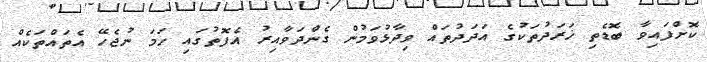
ކޮށްފައިވާ ބޮޑެތި ޚަރަދުތަކުގެ އަދަދުތައް ވިދާޅުވަމުން ގެންދަވާއިރު އެފޮތުގައި ހަމަ ނުޖެހޭ އެތައްތަކެއް